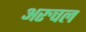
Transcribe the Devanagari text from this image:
अरुचल